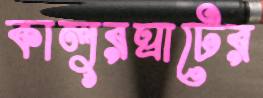
কালুরঘাটের